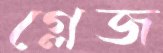
গ্লেজ